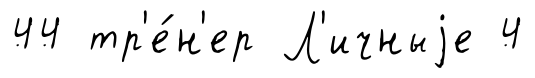
44 тр'е́н'ер Л'ичныjе 4